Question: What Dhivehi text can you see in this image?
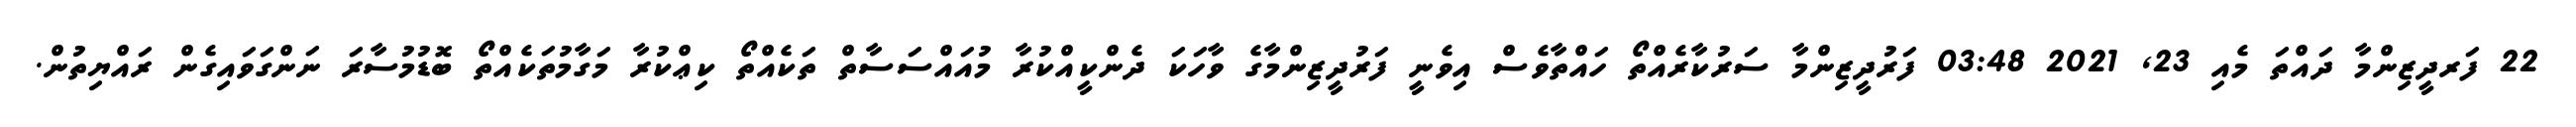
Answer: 22 ފަރދީޒިންމާ ދައްތަ މެއި 23, 2021 03:48 ފަރުދީޒިންމާ ސަރުކާރެއްތޯ ހައްތާވެސް އިވެނީ ފަރުދީޒިންމާގެ ވާހަކަ ދެންކީއްކުރާ މުއައްސަސާތް ތަކެއްތޯ ކިޢްކުރާ މަގާމުތަކެއްތޯ ބޮޑުމުސާރަ ނަންގަވައިގެން ރައްޔިތުން.